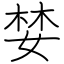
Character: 婪